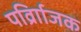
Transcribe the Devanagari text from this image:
पर्व्राािजक